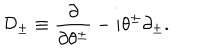
\mathcal { D } _ { \pm } \equiv \frac { \partial } { \partial \theta ^ { \pm } } - i \theta ^ { \pm } \partial _ { \pm } .